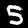
Digit: 5